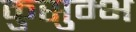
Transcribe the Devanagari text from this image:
कुसुम्भ